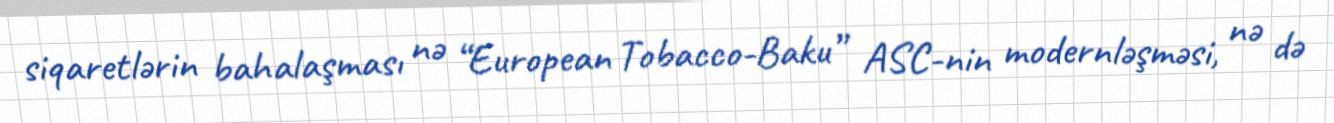
siqaretlərin bahalaşması nə “European Tobacco-Baku” ASC-nin modernləşməsi, nə də